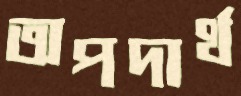
অপদার্থ